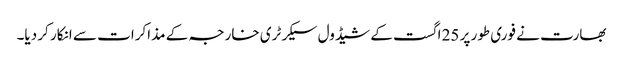
بھارت نے فوری طور پر 25 اگست کے شیڈول سیکرٹری خارجہ کے مذاکرات سے انکار کر دیا۔